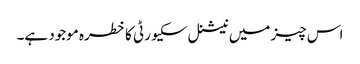
اس چیز میں نیشنل سکیورٹی کا خطرہ موجود ہے۔